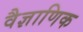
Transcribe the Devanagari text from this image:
वैज्ञाणिक